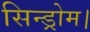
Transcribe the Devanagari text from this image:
सिन्ड्रोम।